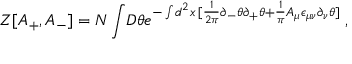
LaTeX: Z [ A _ { + } , A _ { - } ] = N \int \! D \theta e ^ { - \int \! d ^ { 2 } x \, [ \frac { 1 } { 2 \pi } \partial _ { - } \theta \partial _ { + } \theta + \frac { 1 } { \pi } A _ { \mu } \epsilon _ { \mu \nu } \partial _ { \nu } \theta ] } \; ,